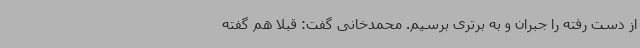
از دست رفته را جبران و به برتری برسیم. محمدخانی گفت: قبلا هم گفته